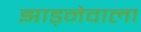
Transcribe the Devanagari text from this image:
झाड़नेवाला